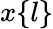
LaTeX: x\{ l\}